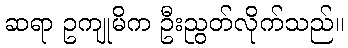
ဆရာ ဥကျုမိက ဦးညွတ်လိုက်သည်။